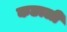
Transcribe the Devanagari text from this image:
कछाली